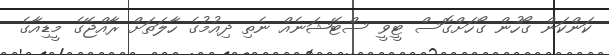
ކަންކަން ގޯހުން ގޯހަށްގޮސް ޓީވީ ސްޓޭޝަނެއް ނެތި ދިއުމުގެ ހާލަތަށް ރާއްޖޭގެ މީޑިއާގެ